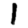
Digit: 1